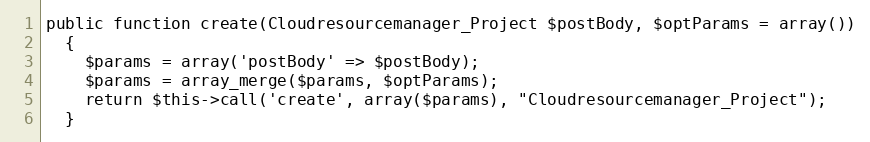
Language: PHP
public function create(Cloudresourcemanager_Project $postBody, $optParams = array())
  {
    $params = array('postBody' => $postBody);
    $params = array_merge($params, $optParams);
    return $this->call('create', array($params), "Cloudresourcemanager_Project");
  }